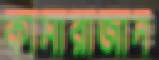
কামারাজান